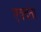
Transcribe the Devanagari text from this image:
एक्दंता